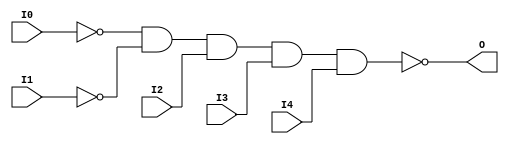

/*

FUNCTION	: 5-INPUT NAND GATE

*/

`timescale  100 ps / 10 ps

`celldefine

module NAND5B2 (O, I0, I1, I2, I3, I4);


    output O;

    input  I0, I1, I2, I3, I4;

    not N1 (i1_inv, I1);
    not N0 (i0_inv, I0);
    nand A1 (O, i0_inv, i1_inv, I2, I3, I4);

    specify
	(I0 *> O) = (0, 0);
	(I1 *> O) = (0, 0);
	(I2 *> O) = (0, 0);
	(I3 *> O) = (0, 0);
	(I4 *> O) = (0, 0);
    endspecify

endmodule

`endcelldefine